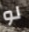
لو